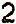
2